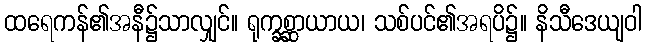
ထရေကန်၏အနီ၌သာလျှင်။ ရုက္ခစ္ဆာယာယ၊ သစ်ပင်၏အရပိ၌။ နိသီဒေယျဝါ